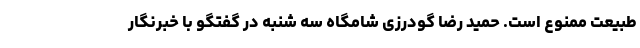
طبیعت ممنوع است. حمید رضا گودرزی شامگاه سه شنبه در گفتگو با خبرنگار